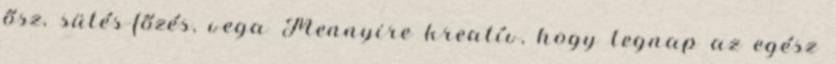
ősz, sütés-főzés, vega Mennyire kreatív, hogy tegnap az egész